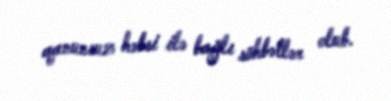
qanunsuz həbsi ilə bağlı söhbətlər olub.